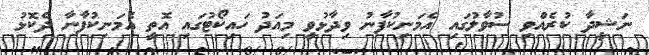
ނަޝީދާ ކުރެއްވި ސުވާލުގައި އެމަނިކުފާނު ވިދާޅުވީ މިއަދު ހައިކޯޓުގައި އޮތީ އެމަނިކުފާނާ ދެކޮޅު